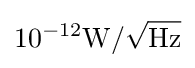
10^{-12}\mathrm {W} /{\sqrt {\mathrm {Hz} }}